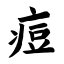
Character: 痘